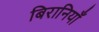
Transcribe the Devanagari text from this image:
बिरानियाँ